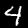
Digit: 4